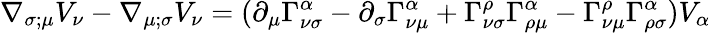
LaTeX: \nabla_{\sigma;\mu}V_{\nu}-\nabla_{\mu;\sigma}V_{\nu}=(\partial_{\mu}\Gamma^{\alpha}_{\nu\sigma}-\partial_{\sigma}\Gamma^{\alpha}_{\nu\mu}+\Gamma^{\rho}_{\nu\sigma}\Gamma^{\alpha}_{\rho\mu}-\Gamma^{\rho}_{\nu\mu}\Gamma^{\alpha}_{\rho\sigma})V_{\alpha}